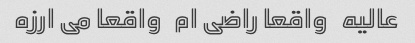
عالیه   واقعا راضی ام   واقعا می ارزه